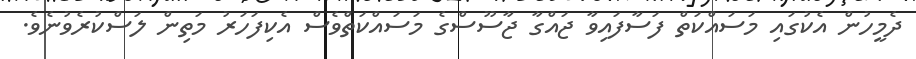
ދެމީހުން އެކުގައި މަސައްކަތް ފަސާފައިވާ ޖައްގާ ޖާސޫސްގެ މަސައްކަތްވެސް އެކިފަހަރު މަތިން ލަސްކުރެވުނެވެ.